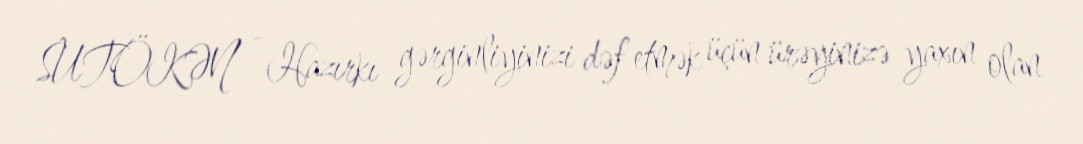
SUTÖKƏN - Hazırkı gərginliyinizi dəf etmək üçün ürəyinizə yaxın olan